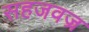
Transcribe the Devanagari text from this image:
सहजवज्र